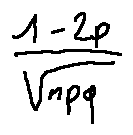
\frac { 1 - 2 p } { \sqrt { n p q } }